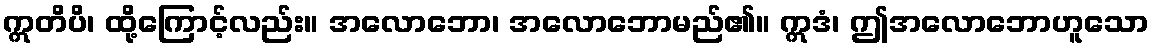
ဣတိပိ၊ ထို့ကြောင့်လည်း။ အလောဘော၊ အလောဘောမည်၏။ ဣဒံ၊ ဤအလောဘောဟူသော